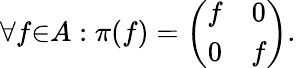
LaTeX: {\forall}f{\in}A:{\pi}(f)=\left(\begin{array}{cc}{{f}}&{{0}}\\ {{0}}&{{f}}\end{array}\right).